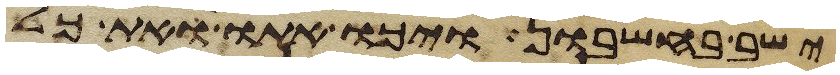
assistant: ישב בחשבון ויכו אתו ואת כל